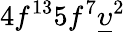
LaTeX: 4f^{13}5f^{7}\underline{{\upsilon}}^{2}